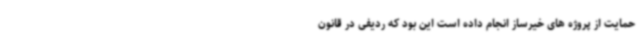
حمایت از پروژه های خیرساز انجام داده است این بود که ردیفی در قانون